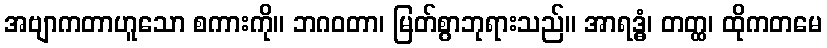
အဗျာကတာဟူသော စကားကို။ ဘဂဝတာ၊ မြတ်စွာဘုရားသည်။ အာရဒ္ဓံ၊ တတ္ထ၊ ထိုကတမေ